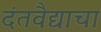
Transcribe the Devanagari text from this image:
दंतवैद्याचा